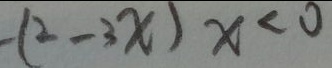
- ( 2 - 3 x ) x < 0